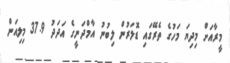
މީރާއަށް މިދިޔަ މަހުގެ ތެރޭގައި ޑޮލަރުން ލިބުނު އާމްދަނީގެ އަދަދު 37.9 މިލިއަން